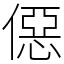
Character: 僫